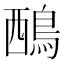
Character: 𪀹